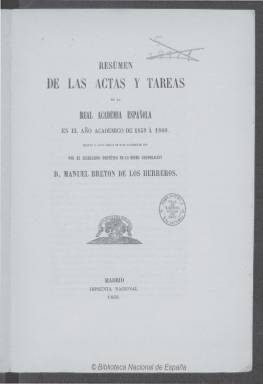
Título: Resumen de las actas y tareas de la Real Academia Española en el año académico de ...
Colección: Anuarios e informes
Ámbito geográfico: Madrid
Lugar de publicación: Madrid
Fechas: 01/01/1859-31/12/1861

Con este título, en la colección de la Biblioteca Nacional de España se encuentran los correspondientes a los años académicos de 1859 a 1860, 1860 a 1861 y 1861 a 1862, que previamente habían sido leídos por el secretario perpetuo de esta corporación, el dramaturgo, poeta y periodista Manuel Bretón de los Herreros (1796-1873), en las correspondientes juntas públicas que se celebran durante el mes de septiembre de cada año para solemnizar el aniversario de la fundación de la Real Academia Española, que data de 1713.

En los correspondientes impresos, de unas dos docenas de páginas cada uno, compuestas a una columna, se da cuenta de los trabajos que se llevan cabo en la institución en cada curso académico, como son la elaboración de la Gramática, Ortografía y Prosodia, o la de seis diccionarios: de Provincialismos, Sinónimos, Neologismos, Etimológico, de Voces y de Rimas. También da cuenta de la reforma del reglamento, fallecimiento de académicos o elección de los correspondientes, o de las obras literarias que la Academia manda imprimir, entre otros muchos asuntos.

El impreso en 1860 contiene también el Acta de la sesión pública celebrada sobre el certamen extraordinario para conmemorar las glorias de la Guerra de África. En el de 1861, se da cuenta de los trabajos para los actos conmemorativos de Cervantes y Lope de Vega y de las convocatorias para el concurso de premios de 1863 y 1865, y tanto este como el siguiente incluyen un Apéndice, con una relación de libros adquiridos por compra o donativo, que firma su bibliotecario perpetuo, Eusebio María del Valle.

A partir del curso 1862-1863, modifica su título: Resumen de las tareas y actos de la Real Academia Española en el año académico de…, que también forma parte de esta Hemeroteca Digital.